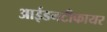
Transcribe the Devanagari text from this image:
आईडनटीफायर